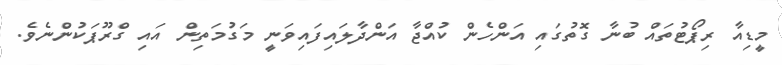
މީޑިއާ ރިޕޯޓުތައް ބުނާ ގޮތުގައި އަންހެން ކުއްޖާ އަންދާލައިފައިވަނީ މަގުމަތިން އައި ގްރޫޕަކުންނެވެ.